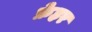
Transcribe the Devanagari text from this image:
फ्रेहर